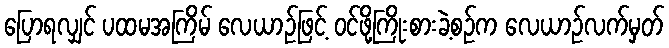
ပြောရလျှင် ပထမအကြိမ် လေယာဉ်ဖြင့် ဝင်ဖို့ကြိုးစားခဲ့စဉ်က လေယာဉ်လက်မှတ်